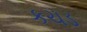
કચડ